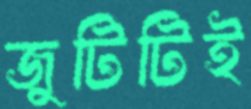
জুটিটিই